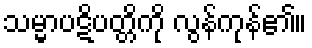
သမ္မာပဋိပတ္တိကို လွန်ကုန်၏။